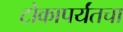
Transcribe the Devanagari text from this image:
टोकापर्यंतचा